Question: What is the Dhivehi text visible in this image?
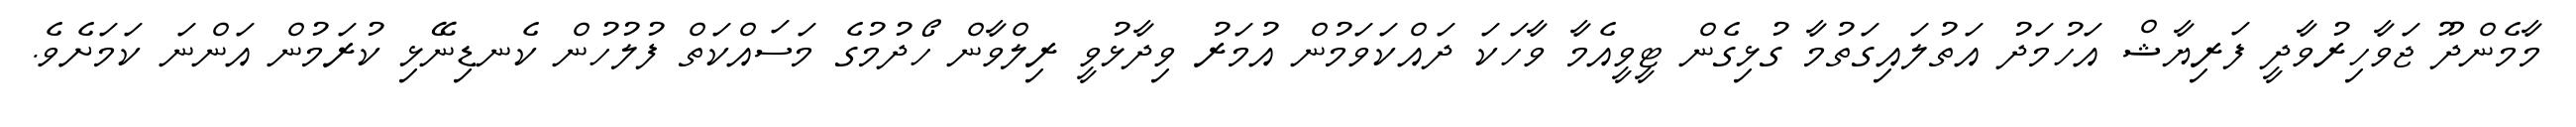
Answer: މާމެންދޫ ޖަވާހިރުވާދީ ފަރިޔާޝް އަހުމަދު އަތުލައިގަތުމާ ގުޅިގެން ޓީވީއެމާ ވާހަކަ ދައްކަވަމުން އުމަރު ވިދާޅުވީ ރިލްވާން ހޯދުމުގެ މަސައްކަތް ފުލުހުން ކެނޑިނޭޅި ކުރަމުން އަންނަ ކަމަށެވެ.